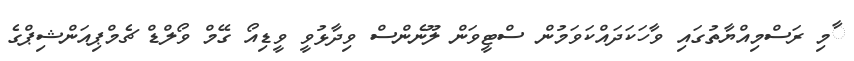
ާމި ރަސްމިއްޔާތުގައި ވާހަކަދައްކަވަމުން ސްޓީވަން ލޫނެންސް ވިދާޅުވީ ވީޑިއޯ ގޭމް ވޯލްޑް ޗެމްޕިއަންޝިޕްގެ